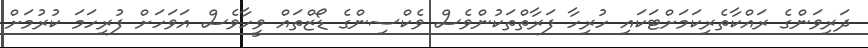
ދަރިވަންގެ ރައްކާތެރިކަމަށްޓަކައި ހުރިހާ ފަރާތްތަކުންވެސް ވެކްސިންގެ ޑޯޒްތައް ވީހާވެސް އަވަހަށް ފުރިހަމަ ކުރުމަށް